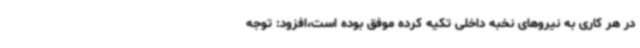
در هر کاری به نیروهای نخبه داخلی تکیه کرده موفق بوده است،‌افزود: توجه